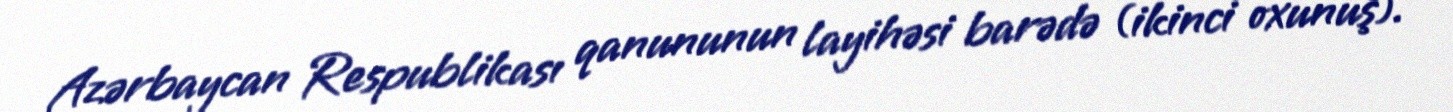
Azərbaycan Respublikası qanununun layihəsi barədə (ikinci oxunuş).